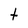
Character: t